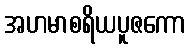
အဟမာစရိယပူဇကော